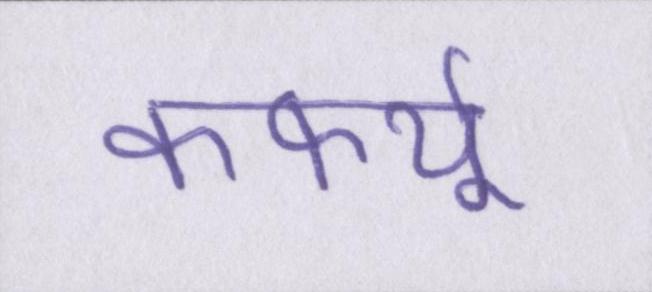
कर्फ्यू